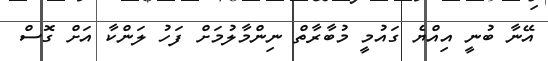
އޭނާ ބުނީ އިއްޔެ ގައުމީ މުބާރާތް ނިންމާލުމަށް ފަހު ލަންކާ އަށް ގޮސް